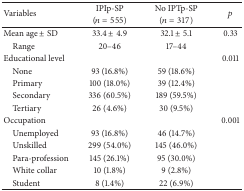
<table><thead><tr><td rowspan="2"><b>Variables</b></td><td><b>IPIp-SP</b></td><td><b>No IPTp-SP</b></td><td rowspan="2"><b><i>p</i></b></td></tr><tr><td><b>(<i>n</i> = 555)</b></td><td><b>(<i>n</i> = 317)</b></td></tr></thead><tbody><tr><td>Mean age ± SD</td><td>33.4 ± 4.9</td><td>32.1 ± 5.1</td><td>0.33</td></tr><tr><td> Range</td><td>20–46</td><td>17–44</td><td>[EMPTY_CELL]</td></tr><tr><td>Educational level</td><td>[EMPTY_CELL]</td><td>[EMPTY_CELL]</td><td>0.011</td></tr><tr><td> None</td><td>93 (16.8%)</td><td>59 (18.6%)</td><td>[EMPTY_CELL]</td></tr><tr><td> Primary</td><td>100 (18.0%)</td><td>39 (12.4%)</td><td>[EMPTY_CELL]</td></tr><tr><td> Secondary</td><td>336 (60.5%)</td><td>189 (59.5%)</td><td>[EMPTY_CELL]</td></tr><tr><td> Tertiary</td><td>26 (4.6%)</td><td>30 (9.5%)</td><td>[EMPTY_CELL]</td></tr><tr><td>Occupation</td><td>[EMPTY_CELL]</td><td>[EMPTY_CELL]</td><td>0.001</td></tr><tr><td> Unemployed</td><td>93 (16.8%)</td><td>46 (14.7%)</td><td>[EMPTY_CELL]</td></tr><tr><td> Unskilled</td><td>299 (54.0%)</td><td>145 (46.0%)</td><td>[EMPTY_CELL]</td></tr><tr><td> Para-profession</td><td>145 (26.1%)</td><td>95 (30.0%)</td><td>[EMPTY_CELL]</td></tr><tr><td> White collar</td><td>10 (1.8%)</td><td>9 (2.8%)</td><td>[EMPTY_CELL]</td></tr><tr><td> Student</td><td>8 (1.4%)</td><td>22 (6.9%)</td><td>[EMPTY_CELL]</td></tr></tbody></table>